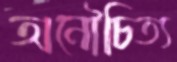
অনৌচিত্য